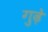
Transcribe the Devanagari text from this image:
गुढ़े